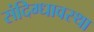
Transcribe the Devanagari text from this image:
संदिग्धावस्था